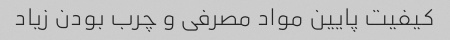
کیفیت پایین مواد مصرفی و چرب بودن زیاد